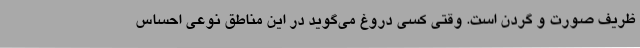
ظریف صورت و گردن است. وقتی کسی دروغ می‌گوید در این مناطق نوعی احساس